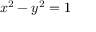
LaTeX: x ^ { 2 } - y ^ { 2 } = 1